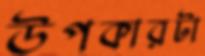
উপকারটা